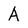
Character: A